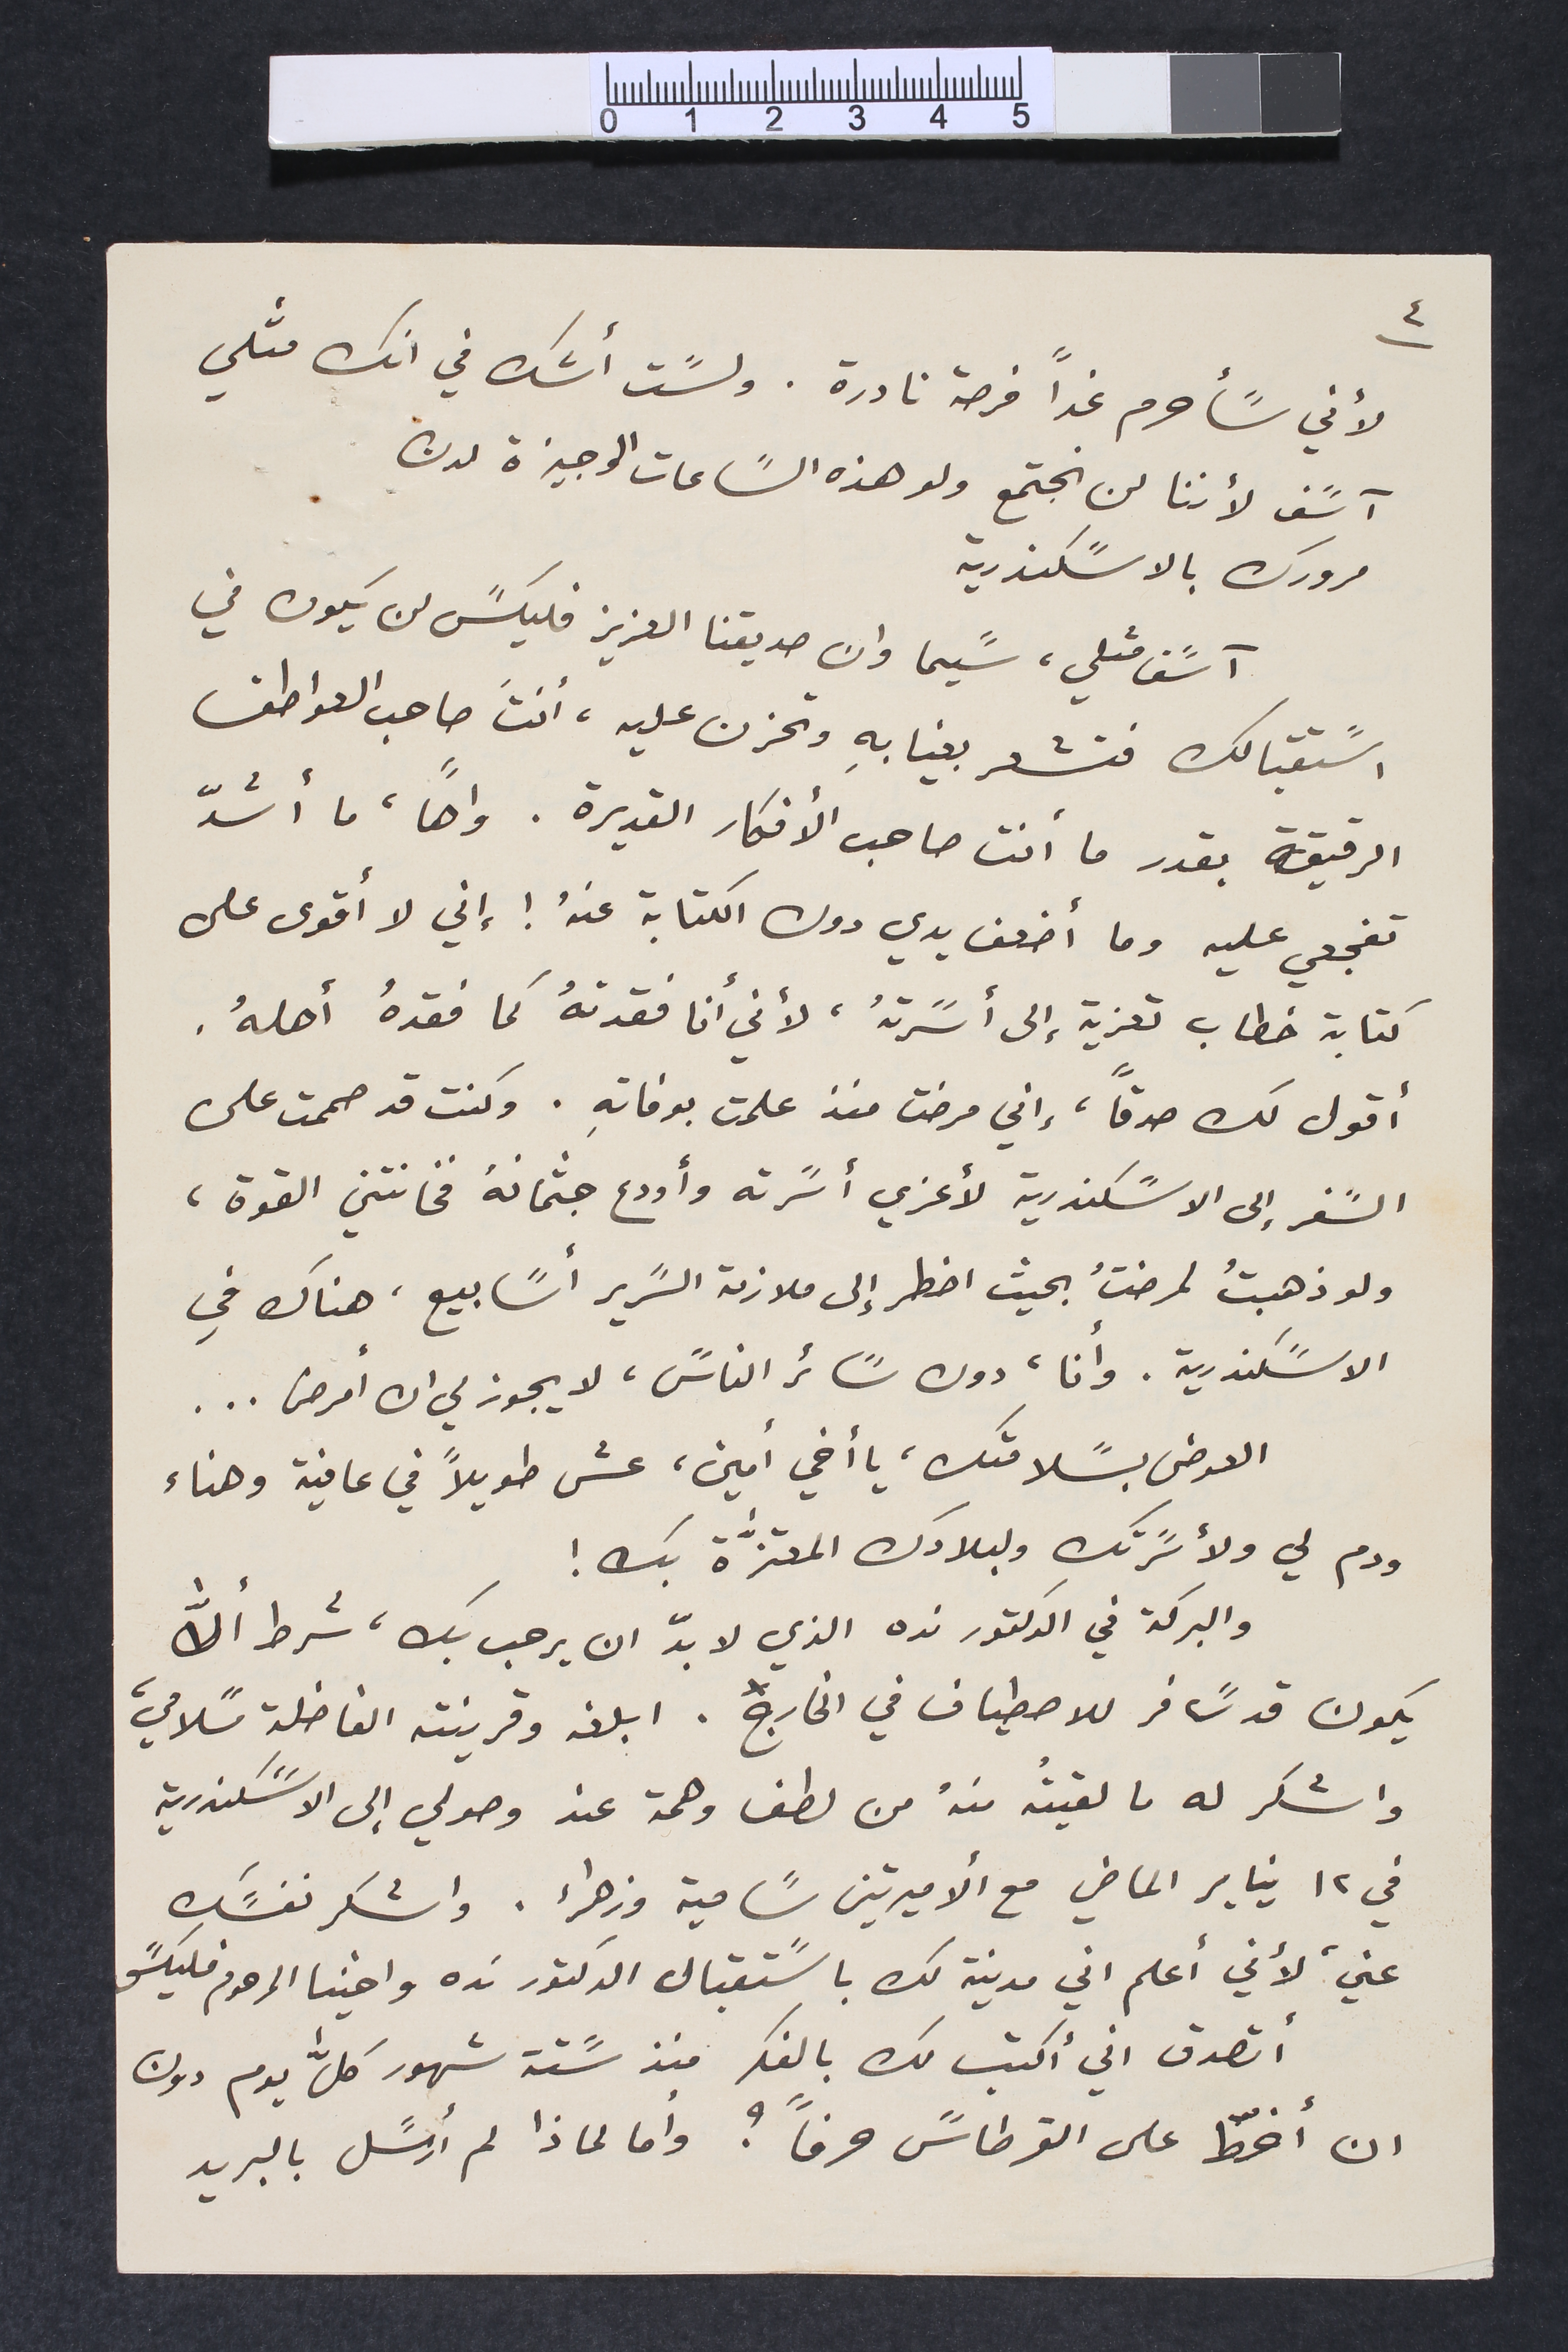
٤
لأني سًأحرم غداً فرصة نادرة. ولسًت أشك في انك مثلي
آسًف لأننا لن نجتمع ولو هذه السًاعات الوجيزة لدن
مرورك بالاسًكندرية
آسًف مثلي، سًيما وان صديقنا العزيز فليكسً لن يكون في
اسًتقبالك فتشعر بغيابِه وتحزن عليه، أنتَ صاحب العواطف
الرقيقة بقدر ما أنت صاحب الأفكار القديرة. واهاً، ما أشدّ
تفجعي عليه وما أضعف يدي دون الكتابة عنهُ ! إني لا أقوى على
كتابة خطاب تعزية إلى أسًرتهُ، لأني أنا فقدتهُ كما فقدهُ أهلهُ.
أقول لك صدقاً، إني مرضت منذ علمت بوفاتهِ. وكنت قد صممت على
السًفر إلى الاسًكندرية لأعزي أسًرته وأودع جثمانهُ فخانتني القوة،
ولو ذهبتُ لمرضتُ بحيث اضطر إلى ملازمة السًرير أسًابيع، هناك في
الاسًكندرية. وأنا، دون سًائر الناسً، لا يجوز لي ان أمرض ...
العوض بسًلامتك، يا أخي أمين، عش طويلاً في عافية وهناء
ودم لي ولأسًرتك ولبلادك المعتزﱣة بك !
والبركة في الدكتور نده الذي لا بدّ ان يرحب بك، شرط ألاﱣ
يكون قد سًافر للاصطياف في الخارج. ابلغه وقرينته الفاضلة سًلامي،
واشكر له ما لقيتُه منهُ من لطف وهمة عند وصولي إلى الاسًكندرية
في ١٢ يناير الماضي مع ألاميرتين سًامية وزهراء. واشكر نفسًك
عني، لأني أعلم اني مدينة لك باسًتقبال الدكتور نده واخينا المرحوم فليكسً
أتصدق اني أكتب لك بالفكر منذ سًتة شهور كلﱣ يوم دون
ان أخطّ على القرطاسً حرفاً؟ وأما لماذا لم أرسًل بالبريد